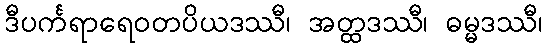
ဒီပင်္ကရာရေဝတပိယဒဿီ၊ အတ္ထဒဿီ၊ ဓမ္မဒဿီ၊